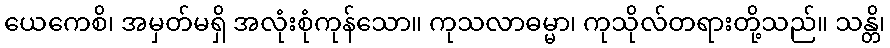
ယေကေစိ၊ အမှတ်မရှိ အလုံးစုံကုန်သော။ ကုသလာဓမ္မာ၊ ကုသိုလ်တရားတို့သည်။ သန္တိ၊